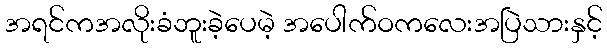
အရင်ကအလိုးခံဘူးခဲ့ပေမဲ့ အပေါက်ဝကလေးအပြဲသားနှင့်